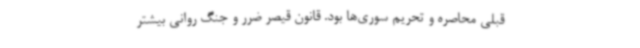
قبلی محاصره و تحریم سوری‌ها بود. قانون قیصر ضرر و جنگ روانی بیشتر